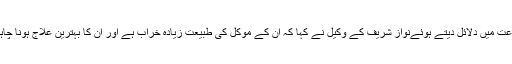
سماعت میں دلائل دیتے ہوئےنواز شریف کے وکیل نے کہا کہ ان کے موکل کی طبیعت زیادہ خراب ہے اور ان کا بہترین علاج ہونا چاہیے۔